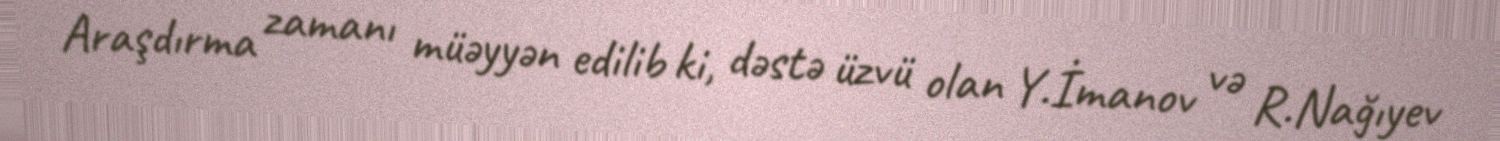
Araşdırma zamanı müəyyən edilib ki, dəstə üzvü olan Y.İmanov və R.Nağıyev